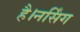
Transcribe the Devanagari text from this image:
है।नर्सिंग